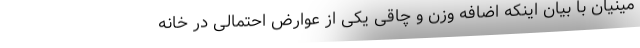
مینیان با بیان اینکه اضافه وزن و چاقی یکی از عوارض احتمالی در خانه